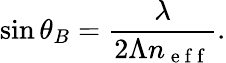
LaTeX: \sin\theta_{B}=\frac{\lambda}{2\Lambda n_{\mathrm{~e~f~f~}}}.